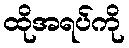
ထိုအရပ်ကို